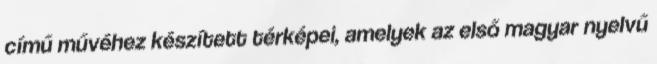
című művéhez készített térképei, amelyek az első magyar nyelvű